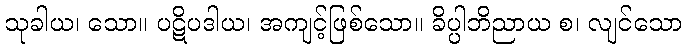
သုခါယ၊ သော။ ပဋိပဒါယ၊ အကျင့်ဖြစ်သော။ ခိပ္ပါဘိညာယ စ၊ လျင်သော